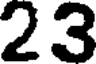
23